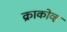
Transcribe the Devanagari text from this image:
क्राकोव्ह